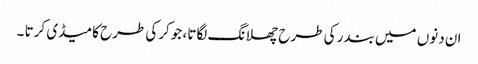
ان دنوں میں بندر کی طرح چھلانگ لگاتا ، جوکرکی طرح کامیڈی کرتا ۔